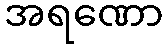
အရဏော